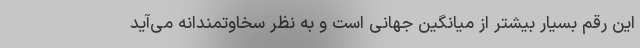
این رقم بسیار بیشتر از میانگین جهانی است و به نظر سخاوتمندانه می‌آید